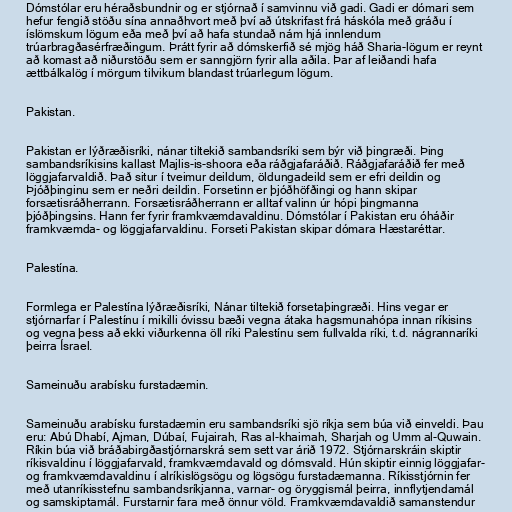
Dómstólar eru héraðsbundnir og er stjórnað í samvinnu við gadi. Gadi er dómari sem
hefur fengið stöðu sína annaðhvort með því að útskrifast frá háskóla með gráðu í
íslömskum lögum eða með því að hafa stundað nám hjá innlendum
trúarbragðasérfræðingum. Þrátt fyrir að dómskerfið sé mjög háð Sharia-lögum er reynt
að komast að niðurstöðu sem er sanngjörn fyrir alla aðila. Þar af leiðandi hafa
ættbálkalög í mörgum tilvikum blandast trúarlegum lögum.

Pakistan.

Pakistan er lýðræðisríki, nánar tiltekið sambandsríki sem býr við þingræði. Þing
sambandsríkisins kallast Majlis-is-shoora eða ráðgjafaráðið. Ráðgjafaráðið fer með
löggjafarvaldið. Það situr í tveimur deildum, öldungadeild sem er efri deildin og
Þjóðþinginu sem er neðri deildin. Forsetinn er þjóðhöfðingi og hann skipar
forsætisráðherrann. Forsætisráðherrann er alltaf valinn úr hópi þingmanna
þjóðþingsins. Hann fer fyrir framkvæmdavaldinu. Dómstólar í Pakistan eru óháðir
framkvæmda- og löggjafarvaldinu. Forseti Pakistan skipar dómara Hæstaréttar.

Palestína.

Formlega er Palestína lýðræðisríki, Nánar tiltekið forsetaþingræði. Hins vegar er
stjórnarfar í Palestínu í mikilli óvissu bæði vegna átaka hagsmunahópa innan ríkisins
og vegna þess að ekki viðurkenna öll ríki Palestínu sem fullvalda ríki, t.d. nágrannaríki
þeirra Ísrael.

Sameinuðu arabísku furstadæmin.

Sameinuðu arabísku furstadæmin eru sambandsríki sjö ríkja sem búa við einveldi. Þau
eru: Abú Dhabí, Ajman, Dúbaí, Fujairah, Ras al-khaimah, Sharjah og Umm al-Quwain.
Ríkin búa við bráðabirgðastjórnarskrá sem sett var árið 1972. Stjórnarskráin skiptir
ríkisvaldinu í löggjafarvald, framkvæmdavald og dómsvald. Hún skiptir einnig löggjafar-
og framkvæmdavaldinu í alríkislögsögu og lögsögu furstadæmanna. Ríkisstjórnin fer
með utanríkisstefnu sambandsríkjanna, varnar- og öryggismál þeirra, innflytjendamál
og samskiptamál. Furstarnir fara með önnur völd. Framkvæmdavaldið samanstendur